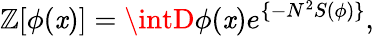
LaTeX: \mathbb{Z}[\phi(\mathit{x})]=\intD\phi(\mathit{x})e^{\{ -N^{2}S(\phi)\} },